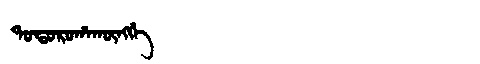
Manchu: ᡨᠣᡨᠣᡵᠣᡥᠠᡴᡡᠩᡤᡝ
Romanization: TOTOROHAKŪNGGE